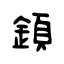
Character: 顉